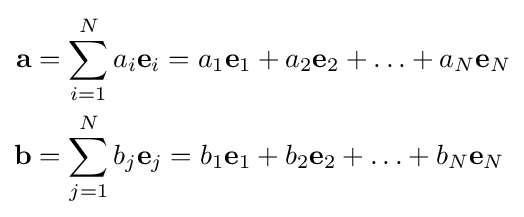
{\begin{aligned}\mathbf {a} &=\sum _{i=1}^{N}a_{i}\mathbf {e} _{i}=a_{1}\mathbf {e} _{1}+a_{2}\mathbf {e} _{2}+{\ldots }+a_{N}\mathbf {e} _{N}\\\mathbf {b} &=\sum _{j=1}^{N}b_{j}\mathbf {e} _{j}=b_{1}\mathbf {e} _{1}+b_{2}\mathbf {e} _{2}+\ldots +b_{N}\mathbf {e} _{N}\end{aligned}}